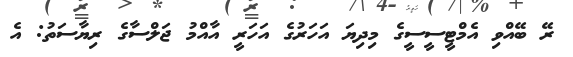
ރޭ ބޭއްވި އެމްޓީސީސީގެ މިދިޔަ އަހަރުގެ އަހަރީ އާއްމު ޖަލްސާގެ ރިޔާސަތު: އެ